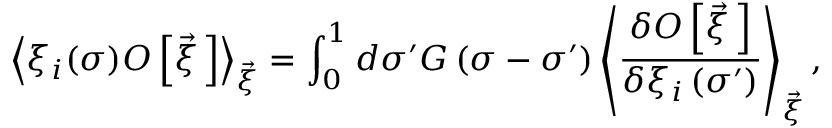
\left< \xi _ { i } ( \sigma ) { \cal O } \left[ \vec { \xi } { \, } \right] \right> _ { \vec { \xi } } = \int _ { 0 } ^ { 1 } d \sigma ^ { \prime } G \left( \sigma - \sigma ^ { \prime } \right) \left< \frac { \delta { \cal O } \left[ \vec { \xi } { \, } \right] } { \delta \xi _ { i } \left( \sigma ^ { \prime } \right) } \right> _ { \vec { \xi } } ,